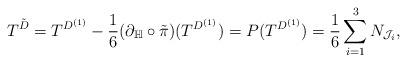
LaTeX: \begin{align*}T^{\tilde{D}} = T^{D^{(1)}} - \frac{1}{6} (\partial_{\mathbb{H}}\circ \tilde{\pi}) (T^{D^{(1)}})= P(T^{D^{(1)}}) = \frac{1}{6} \sum_{i=1}^{3} N_{\mathcal J_{i}},\end{align*}